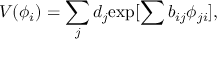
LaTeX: V ( \phi _ { i } ) = \sum _ { j } d _ { j } { \exp [ \sum b _ { i j } \phi _ { j i } ] } ,